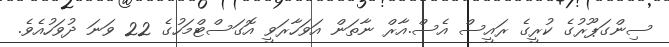
ސިންގަޕޫރުގެ ކުރީގެ ރައީސް އެސް.އާރް ނާތަން އަވަހާރަވީ އޮގަސްޓްމަހުގެ 22 ވަނަ ދުވަހުއެވެ.